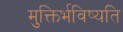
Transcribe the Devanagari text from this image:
मुक्तिर्भविष्यति